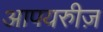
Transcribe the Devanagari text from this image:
आपयरुीज़